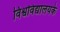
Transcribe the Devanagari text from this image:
विश्वविद्यालयके